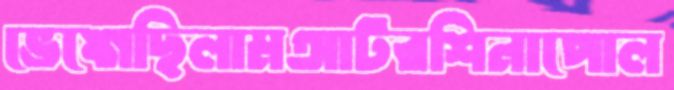
ভেঙ্গেছিলামআটরশিনাপোল